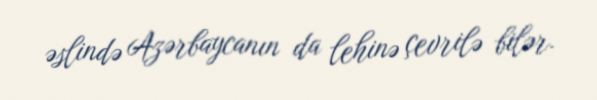
əslində Azərbaycanın da lehinə çevrilə bilər.